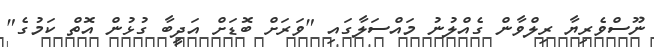
ނޫސްވެރިޔާ ރިލްވާން ގެއްލުނު މައްސަލާގައި "ވަރަށް ބޮޑަށް އަދީބާ ގުޅުން އޮތް ކަމުގެ"